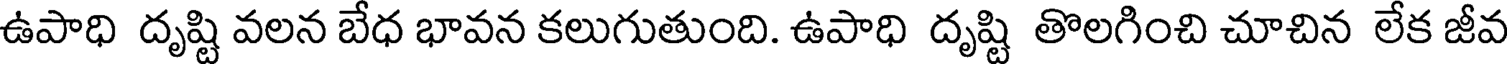
ఉపాధి దృష్టి వలన బేధ భావన కలుగుతుంది. ఉపాధి దృష్టి తొలగించి చూచిన లేక జీవ